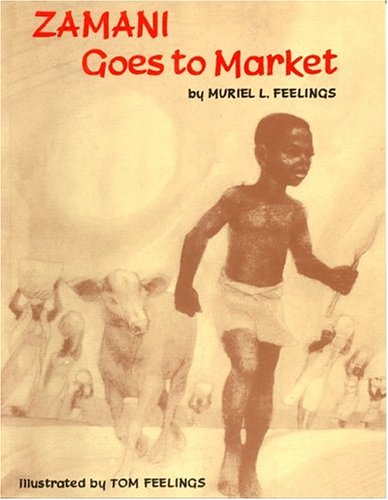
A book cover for Zamani Goes to Market (Young Readers Series); Muriel L. Feelings; Children's Books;